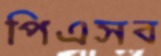
পিএসব